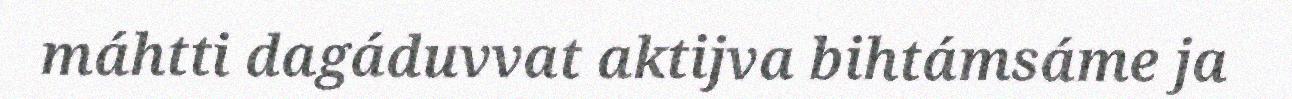
máhtti dagáduvvat aktijva bihtámsáme ja